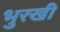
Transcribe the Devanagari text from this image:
भुरखी